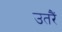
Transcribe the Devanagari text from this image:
उतरैं